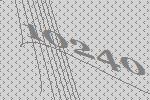
10240